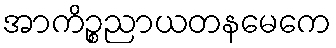
အာကိဉ္စညာယတနမေကေ